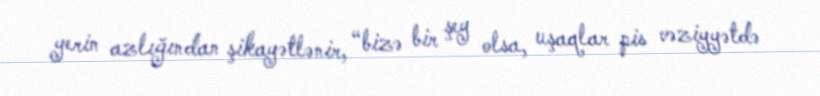
yerin azlığından şikayətlənir, “bizə bir şey olsa, uşaqlar pis vəziyyətdə